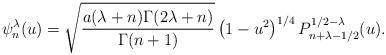
LaTeX: \begin{align*}\psi_n^{\lambda}(u)=\sqrt{\frac{a(\lambda +n)\Gamma(2\lambda+n)}{\Gamma(n+1)}}\left(1-u^2\right)^{1/4}P_{n+\lambda-1/2}^{1/2-\lambda}(u). \end{align*}